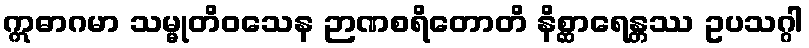
ဣဓာဂမာ သမ္မုတိဝသေန ဉာဏစရိတောတိ နိစ္ဆာရေန္တဿ ဥပသဂ္ဂါ